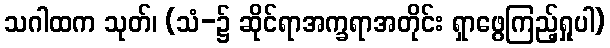
သဂါထက သုတ်၊ (သံ-၌ ဆိုင်ရာအက္ခရာအတိုင်း ရှာဖွေကြည့်ရှုပါ)